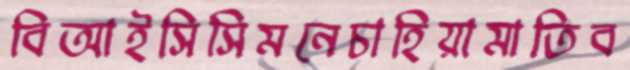
বিআইসিসিমনেচাহিয়ামাতিব